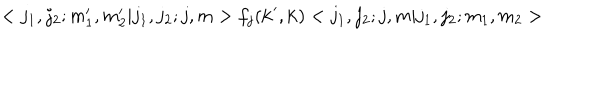
< j _ { 1 } , j _ { 2 } ; m _ { 1 } ^ { \prime } , m _ { 2 } ^ { \prime } | j _ { 1 } , j _ { 2 } ; j , m > f _ { j } ( { \bf k } ^ { \prime } , { \bf k } ) < j _ { 1 } , j _ { 2 } ; j , m | j _ { 1 } , j _ { 2 } ; m _ { 1 } , m _ { 2 } >